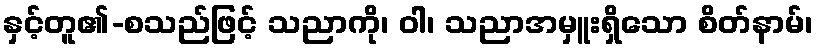
နှင့်တူ၏-စသည်ဖြင့် သညာကို၊ ဝါ၊ သညာအမှူးရှိသော စိတ်နာမ်၊